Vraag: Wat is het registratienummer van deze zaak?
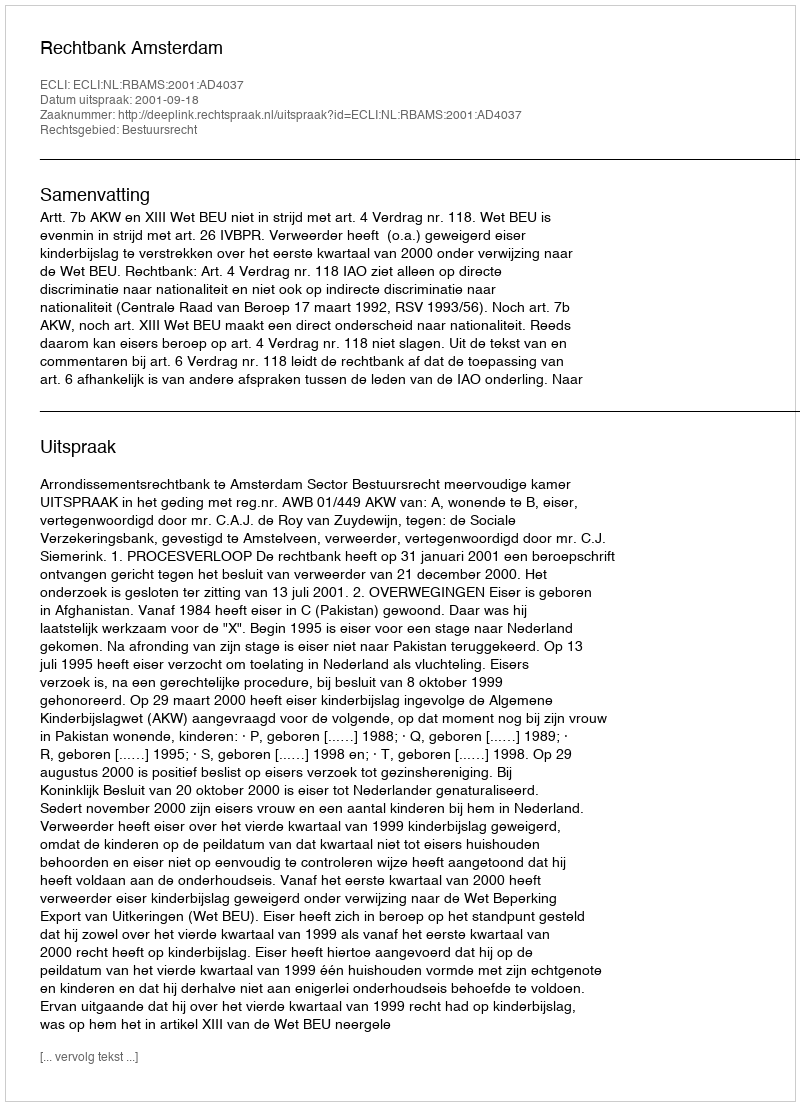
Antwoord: http://deeplink.rechtspraak.nl/uitspraak?id=ECLI:NL:RBAMS:2001:AD4037